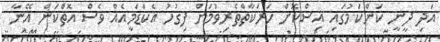
އަދި ދީނީ ކަންކަމުގައި އިސްކޮށް ހަރަކާތްތެރިވުމަށް ފިގުހު އެކަޑަމީއެއް ވެސް އޮތްކަން އޭނާ